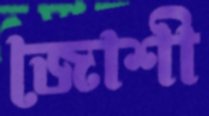
জোশী